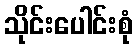
သိုင်းပေါင်းစုံ